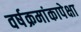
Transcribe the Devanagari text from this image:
वर्षक्रमांकापेक्षा